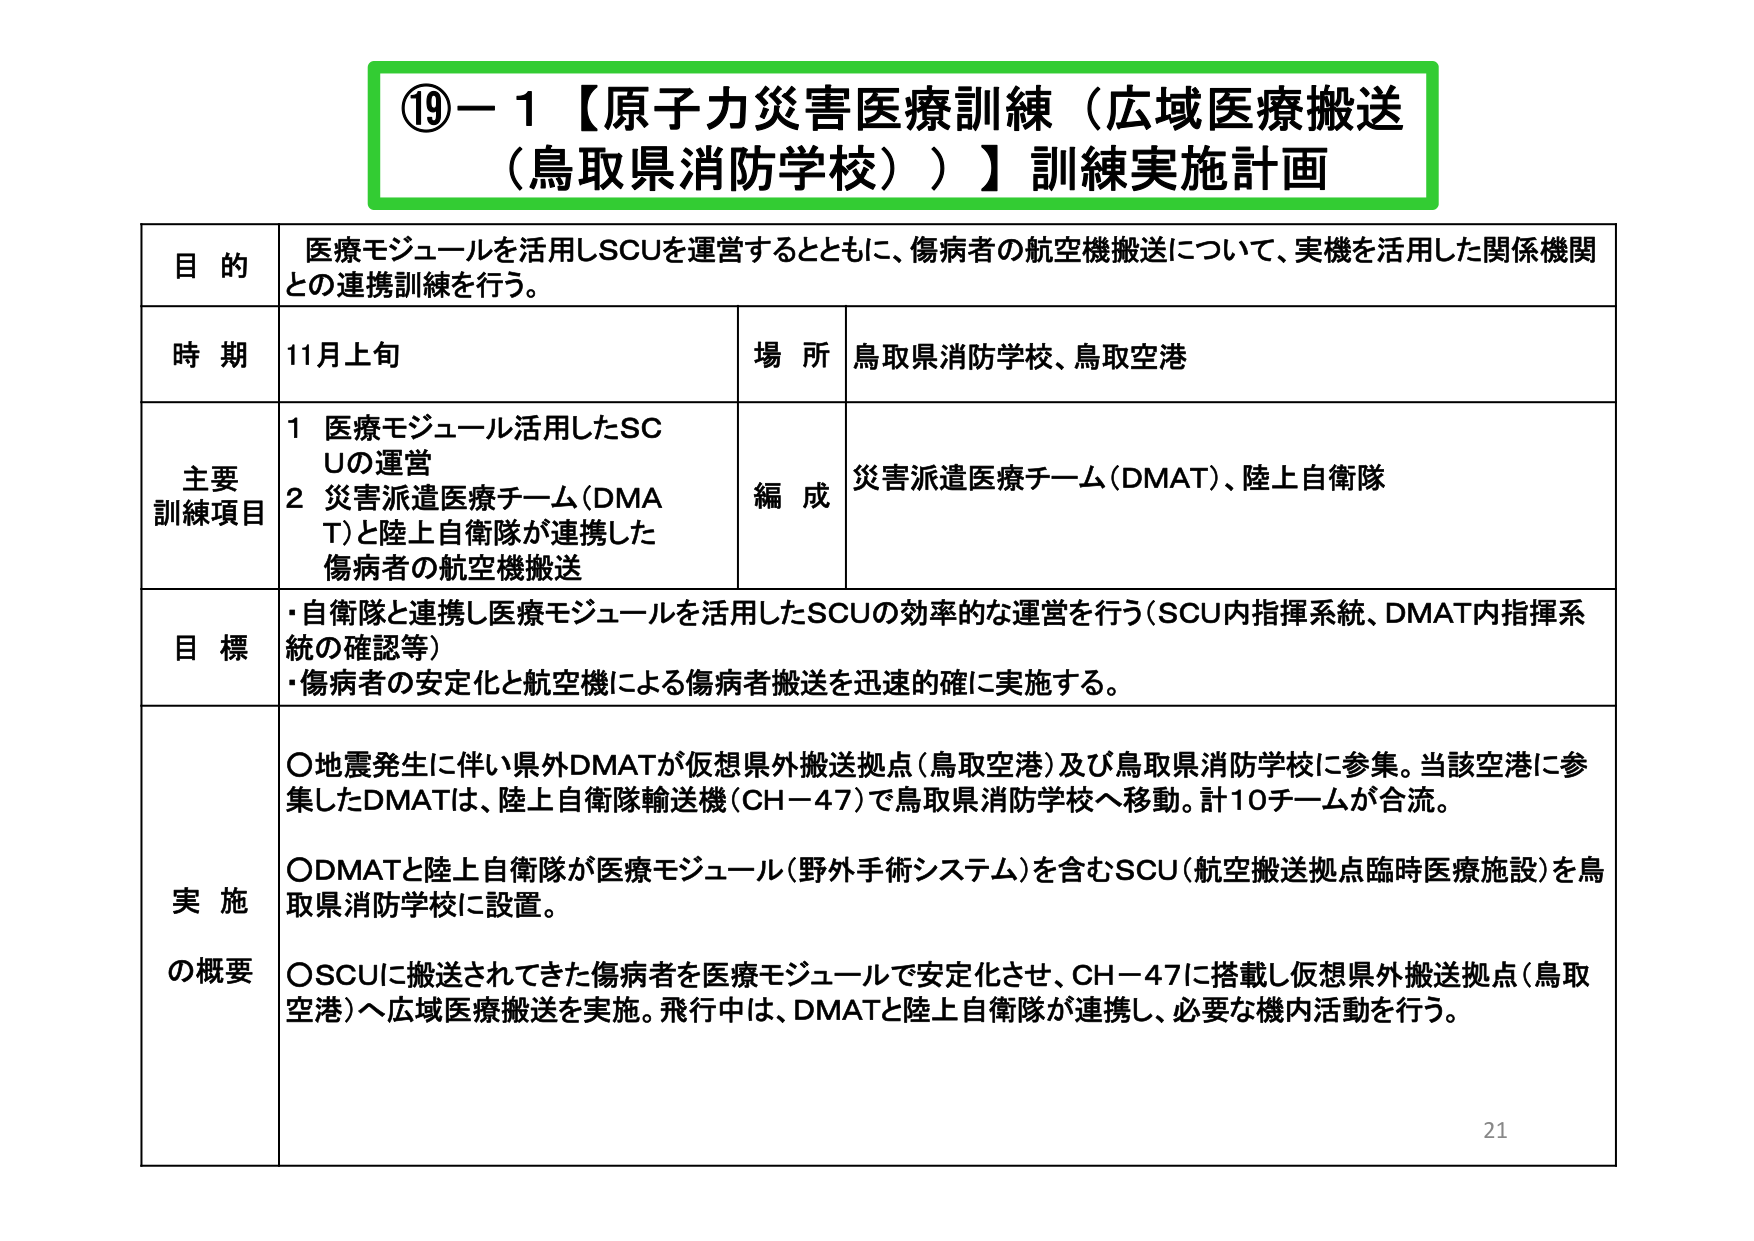
⑲－1【原子力災害医療訓練（広域医療搬送（鳥取県消防学校））】訓練実施計画

目的
医療モジュールを活用しSCUを運営するとともに、傷病者の航空機搬送について、実機を活用した関係機関との連携訓練を行う。

時期
11月上旬

場所
鳥取県消防学校、鳥取空港

主要訓練項目
1 医療モジュール活用したSCUの運営
2 災害派遣医療チーム（DMAT）と陸上自衛隊が連携した傷病者の航空機搬送

編成
災害派遣医療チーム（DMAT）、陸上自衛隊

目標
・自衛隊と連携し医療モジュールを活用したSCUの効率的な運営を行う（SCU内指揮系統、DMAT内指揮系統の確認等）
・傷病者の安定化と航空機による傷病者搬送を迅速的確に実施する。

実施の概要
○地震発生に伴い県外DMATが仮想県外搬送拠点（鳥取空港）及び鳥取県消防学校に参集。当該空港に参集したDMATは、陸上自衛隊輸送機（CH－47）で鳥取県消防学校へ移動。計10チームが合流。
○DMATと陸上自衛隊が医療モジュール（野外手術システム）を含むSCU（航空搬送拠点臨時医療施設）を鳥取県消防学校に設置。
○SCUに搬送されてきた傷病者を医療モジュールで安定化させ、CH－47に搭載し仮想県外搬送拠点（鳥取空港）へ広域医療搬送を実施。飛行中は、DMATと陸上自衛隊が連携し、必要な機内活動を行う。

21